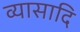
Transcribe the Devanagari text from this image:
व्यासादि